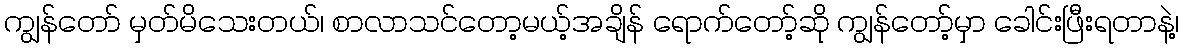
ကျွန်တော် မှတ်မိသေးတယ်၊ စာလာသင်တော့မယ့်အချိန် ရောက်တော့်ဆို ကျွန်တော့်မှာ ခေါင်းဖြီးရတာနဲ့၊